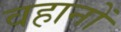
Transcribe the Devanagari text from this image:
वहानों